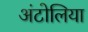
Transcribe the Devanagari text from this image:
अंटोलिया